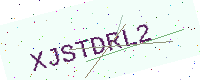
Text: XJSTDRL2